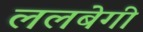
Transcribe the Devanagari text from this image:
ललबेगी